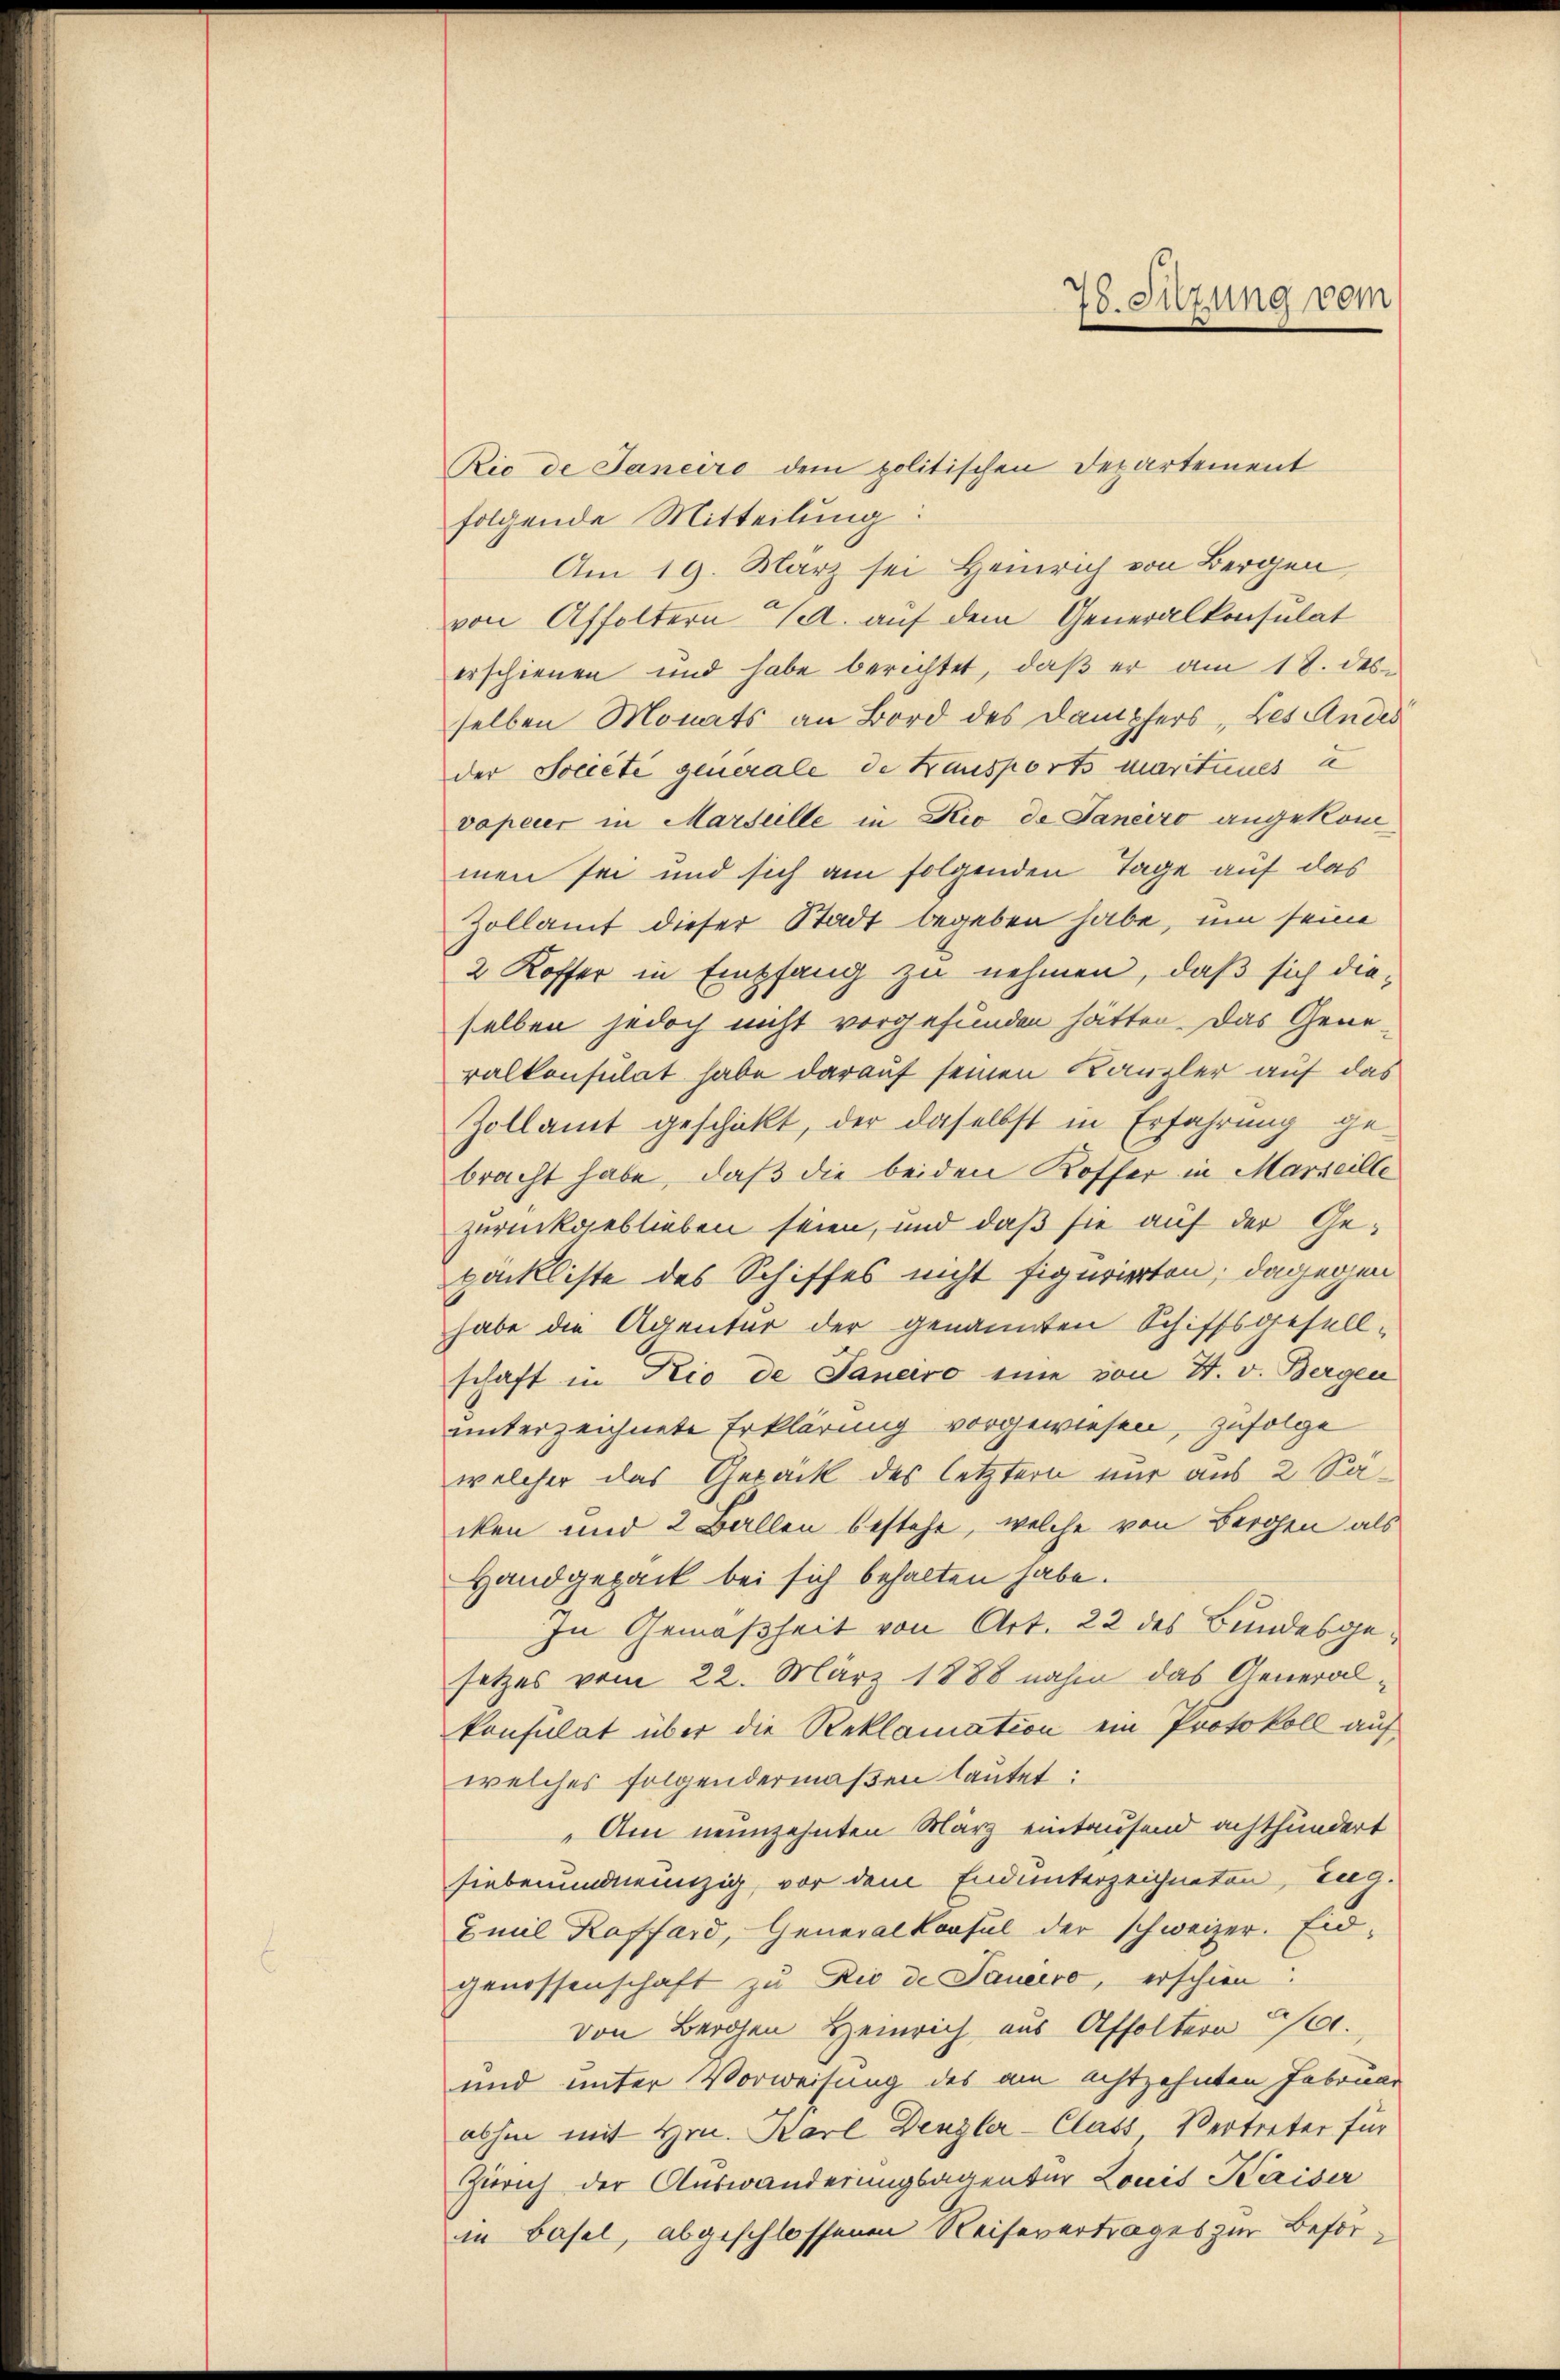
78. Sitzung vom

Rio de Janeiro dem politischen Departement
folgende Mitteilung:
Am 19. März sei Heinrich von Bergen,
von Affoltern d. auf dem Generalkonsulat
erschienen und habe berichtet, daß er am 18. desselben Monats an Bord des Dampfers, Les Andes
der Société generale de Kausports marituues a
vopeier in Marseille in Rio de Janeiro angekommen sei und sich am folgenden Tage auf das
Zollamt dieser Stadt begeben habe, um seine
2 Koffer in Empfang zu nehmen, daß sich dieselben jedoch nicht vorgefunden hätten. Das Gene-
ralkonsulat habe darauf seinen Kanzler auf das
Zollamt geschickt, der daselbst in Erfahrung ge-
bracht habe, daß die beiden Koffer in Marseille
zurückgeblieben seien, und daß sie auf der Gepockliste des Schiffes nicht figurierten; dagegen
habe die Agentur der genannten Schiffsgesell-
schaft in Rio de Janeiro eine von 2. v. Bergen
unterzeichnete Erklärung vorgewiesen, zufolge
welcher das Gepäck des letztern nur aus 2 Sacken und 2 Ballen bestehe, welche von Bergen als
Handgepack bei sich behalten habe.
In Gemäßheit von Art. 22 des Bundesgesetzes vom 22. März 1888 nahm das Generalkonsulat über die Reklamation ein Protokoll auf
welches folgendermaßen lautet:
Am neunzehnten März eintausend achthundert
siebenundneunzig, vor dem Endunterzeichneten, Zug.
Emil Koffard, Generalkonsul der schweizer. Eidgenossenschaft zu Rio de Sauerro, erschien:
von Bergen Heinrich aus Affoltern 200.
und unter Vorweisung des am achtzehnten Februar
abhin mit Hrn. Karl Denzler-Class Vertreter für
Zürich der Auswanderungsagenter Louis Kaiser
in Basel, abgeschlossenen Reisevertrages zur Beför¬